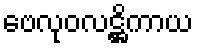
ဗေလုဝလဋ္ဌိကာယ